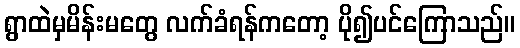
ရွာထဲမှမိန်းမတွေ လက်ခံရန်ကတော့ ပို၍ပင်ကြောသည်။